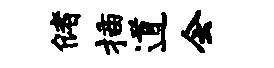
储插道会